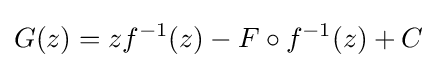
G(z)=zf^{-1}(z)-F\circ f^{-1}(z)+C